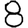
Digit: 8